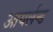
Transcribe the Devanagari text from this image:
आयर्लन्ड